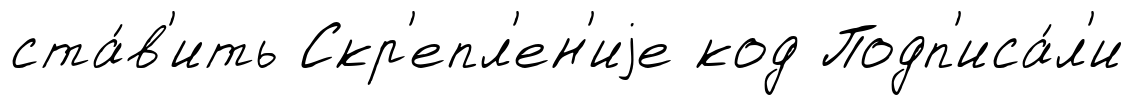
ста́в'ить Скр'епл'ен'иjе код Подп'иса́л'и